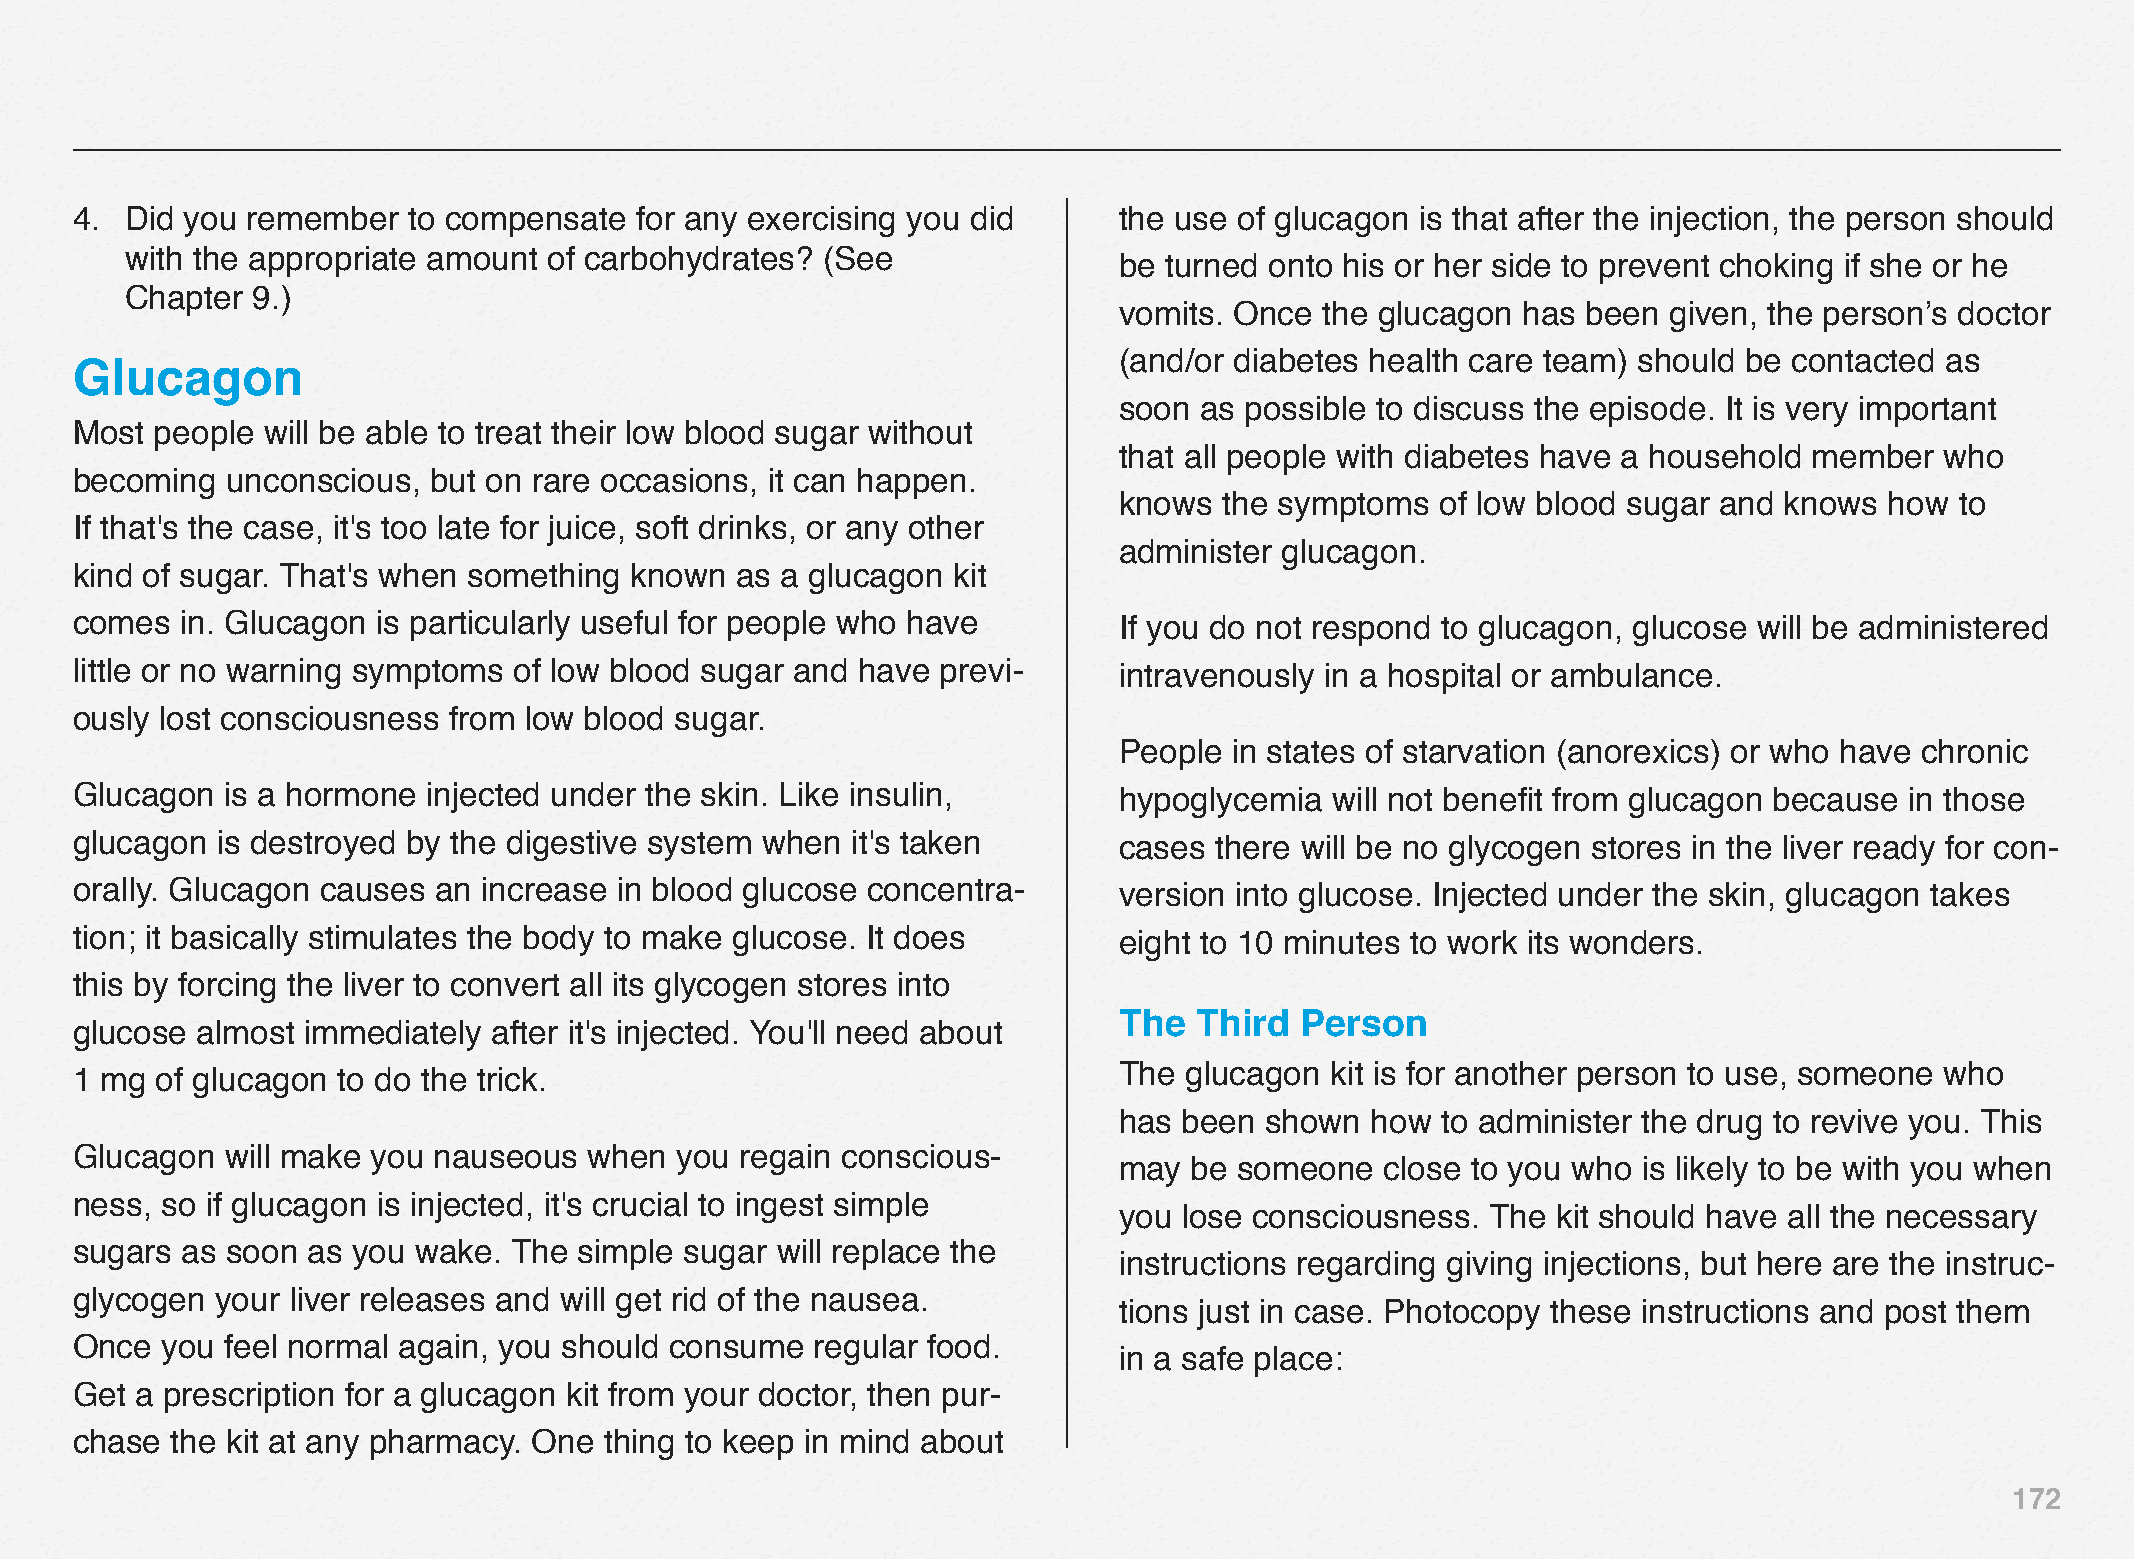
4. Did you remember   to compensate  for any exercising you did      the use of glucagon is that after the injection, the person should
 with the appropriate amount of carbohydrates?  (See
 be turned onto his or her side to prevent choking if she or he
 Chapter  9.)
 vomits. Once  the glucagon has been  given, the person’s doctor
 (and/or diabetes health care team) should be contacted as
 Glucagon
 soon as possible to discuss the episode. It is very important
 Most people will be able to treat their low blood sugar without
 that all people with diabetes have a household member  who
 becoming  unconscious,  but on rare occasions, it can happen.
 knows  the symptoms  of low blood sugar and knows  how  to
 If that's the case, it's too late for juice, soft drinks, or any other
 administer glucagon.
 kind of sugar. That's when something known  as a glucagon kit
 comes  in. Glucagon is particularly useful for people who have       If you do not respond to glucagon, glucose will be administered
 little or no warning symptoms of low blood sugar and have previ-     intravenously in a hospital or ambulance.
 ously lost consciousness from low blood sugar.
 People  in states of starvation (anorexics) or who have chronic
 Glucagon  is a hormone injected under the skin. Like insulin,        hypoglycemia  will not benefit from glucagon because in those
 glucagon is destroyed by the digestive system when it's taken        cases there will be no glycogen stores in the liver ready for con-
 orally. Glucagon causes an increase in blood glucose concentra-      version into glucose. Injected under the skin, glucagon takes
 tion; it basically stimulates the body to make glucose. It does      eight to 10 minutes to work its wonders.
 this by forcing the liver to convert all its glycogen stores into
 The  Third  Person
 glucose almost immediately  after it's injected. You'll need about
 1 mg of glucagon to do the trick.                                    The glucagon  kit is for another person to use, someone who
 has been  shown  how to administer the drug to revive you. This
 Glucagon  will make you nauseous  when  you regain conscious-
 may  be someone   close to you who is likely to be with you when
 ness, so if glucagon is injected, it's crucial to ingest simple
 you lose consciousness.  The kit should have all the necessary
 sugars as soon as you  wake. The simple sugar will replace the
 instructions regarding giving injections, but here are the instruc-
 glycogen your liver releases and will get rid of the nausea.
 tions just in case. Photocopy these instructions and post them
 Once  you feel normal again, you should consume  regular food.
 in a safe place:
 Get a prescription for a glucagon kit from your doctor, then pur-
 chase the kit at any pharmacy. One thing to keep in mind about
 172